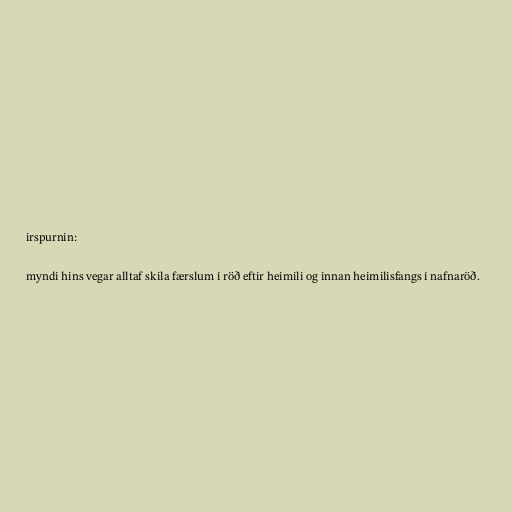
irspurnin:

myndi hins vegar alltaf skila færslum í röð eftir heimili og innan heimilisfangs í nafnaröð.